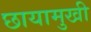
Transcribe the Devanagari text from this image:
छायामुखी